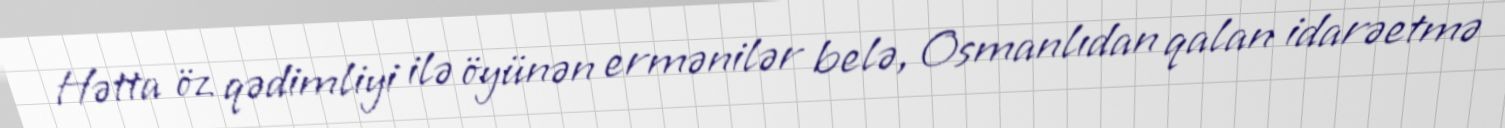
Hətta öz qədimliyi ilə öyünən ermənilər belə, Osmanlıdan qalan idarəetmə